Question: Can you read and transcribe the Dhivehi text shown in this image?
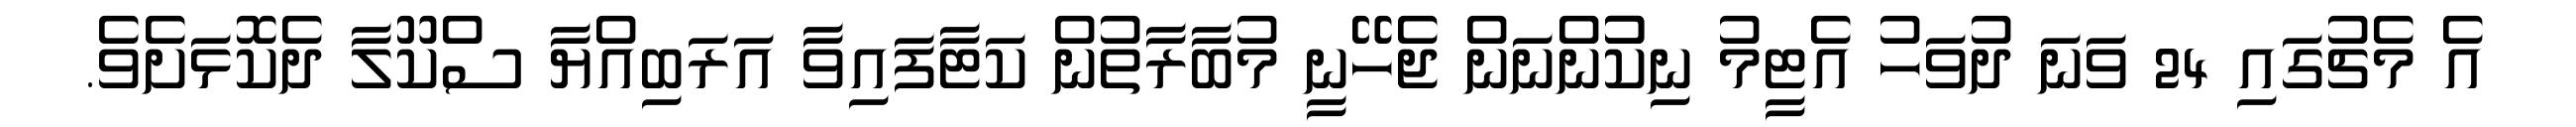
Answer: އެ މެޗުގައި 24 ވަނަ ދުވަހު އެޓީމު ނިކުުންނަން ޖެހޭނީ މުބާރާތުން ކަޓާފައިވާ އަރަބިއްޔާ ސްކޫލާ ދެކޮޅަށެވެ.